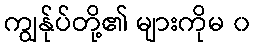
ကျွန်ုပ်တို့၏ များကိုမ ၀